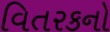
વિતરકનો